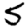
Digit: 5